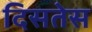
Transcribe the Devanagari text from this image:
दिसतेस